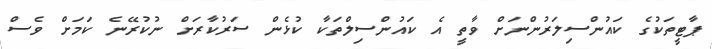
ޕާޓީތަކުގެ ކައުންސިލަރުންނަށް ވާތީ އެ ކައުންސިލްތަކާ ކުޅެން ސަރުކާރަށް ނުކުރޭނެ ކަމަށް ވެސް